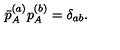
\bar { p } _ { A } ^ { ( a ) } p _ { A } ^ { ( b ) } = \delta _ { a b } .